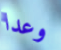
وعدا